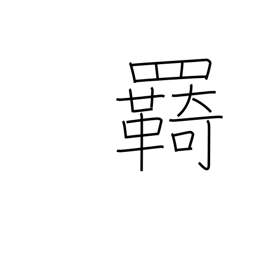
Meaning: reins